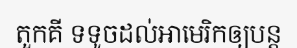
តួកគី ទទូចដល់អាមេរិកឲ្យបន្ត